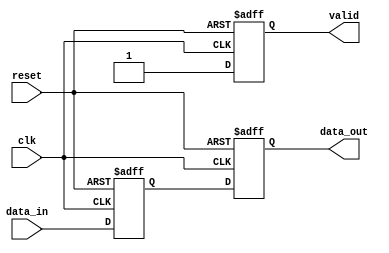
module behavioral_model (
    input wire clk,
    input wire reset,
    input wire [7:0] data_in,
    output reg [7:0] data_out,
    output reg valid
);

// Signal declaration
reg [7:0] internal_reg;

// Task definition
task update_data;
    input [7:0] new_data;
    begin
        // Non-blocking assignment to internal register
        internal_reg <= new_data;
        valid <= 1'b1; // Set valid signal to indicate new data is available
    end
endtask

// Continuous assignment using non-blocking assignment
always @(posedge clk or posedge reset) begin
    if (reset) begin
        internal_reg <= 8'b0; // Reset internal register
        data_out <= 8'b0;      // Reset output data
        valid <= 1'b0;         // Reset valid signal
    end else begin
        // Call task to update data on every clock cycle
        update_data(data_in);
        // Assign output data from internal register
        data_out <= internal_reg;
    end
end

endmodule